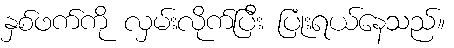
နှစ်ဖက်ကို လှမ်းလိုက်ပြီး ပြုံးရယ်နေသည်။